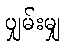
ပျှမ်းမျှ